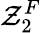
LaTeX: \mathcal{Z}_{2}^{F}